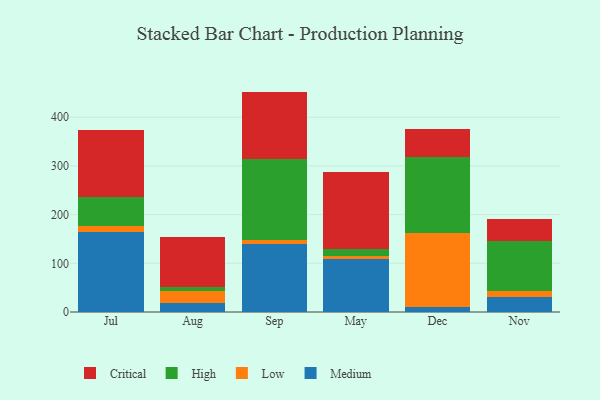
{"axis": {"x": "Month", "y": "Page Views"}, "legend": ["Critical", "High", "Low", "Medium"], "data": [{"x": "Jul", "y": 164.3, "type": "Medium"}, {"x": "Jul", "y": 12.8, "type": "Low"}, {"x": "Jul", "y": 58.8, "type": "High"}, {"x": "Jul", "y": 137.0, "type": "Critical"}, {"x": "Aug", "y": 17.5, "type": "Medium"}, {"x": "Aug", "y": 25.5, "type": "Low"}, {"x": "Aug", "y": 7.9, "type": "High"}, {"x": "Aug", "y": 102.2, "type": "Critical"}, {"x": "Sep", "y": 140.7, "type": "Medium"}, {"x": "Sep", "y": 6.8, "type": "Low"}, {"x": "Sep", "y": 166.0, "type": "High"}, {"x": "Sep", "y": 139.2, "type": "Critical"}, {"x": "May", "y": 108.8, "type": "Medium"}, {"x": "May", "y": 5.9, "type": "Low"}, {"x": "May", "y": 15.2, "type": "High"}, {"x": "May", "y": 158.5, "type": "Critical"}, {"x": "Dec", "y": 10.7, "type": "Medium"}, {"x": "Dec", "y": 151.8, "type": "Low"}, {"x": "Dec", "y": 156.8, "type": "High"}, {"x": "Dec", "y": 55.6, "type": "Critical"}, {"x": "Nov", "y": 30.2, "type": "Medium"}, {"x": "Nov", "y": 12.6, "type": "Low"}, {"x": "Nov", "y": 103.3, "type": "High"}, {"x": "Nov", "y": 45.5, "type": "Critical"}]}